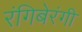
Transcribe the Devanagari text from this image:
रंगिबेरंगी